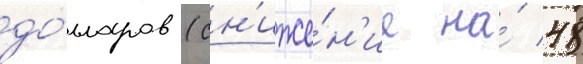
до́лларов (сн'иже́н'ие на́ 48